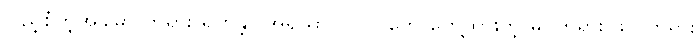
ပြည့်စုံတဲ့အခါမှာ ဘုရား ရဟန္တာ အရိယာ ပုဂ္ဂိုလ်တွေ တွေ့ထားတဲ့ မဂ်တရား ဖိုလ်တရား